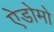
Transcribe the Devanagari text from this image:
ऐडोमो